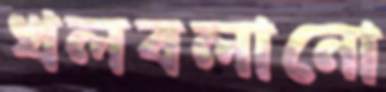
খলবলানো